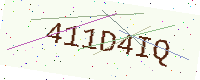
Text: 411D4IQ